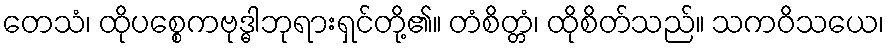
တေသံ၊ ထိုပစ္စေကဗုဒ္ဓါဘုရားရှင်တို့၏။ တံစိတ္တံ၊ ထိုစိတ်သည်။ သကဝိသယေ၊